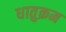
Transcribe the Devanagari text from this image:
धातुक्रम